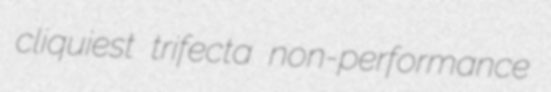
cliquiest trifecta non-performance